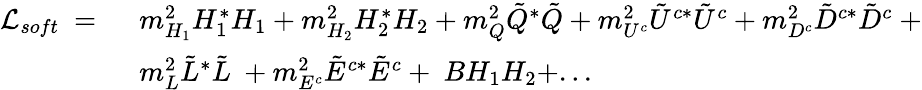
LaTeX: \begin{array}{ll}{{{\cal{L}}_{soft}\ =\ }}&{{m_{H_{1}}^{2}H_{1}^{*}H_{1}+m_{H_{2}}^{2}H_{2}^{*}H_{2}+m_{Q}^{2}\tilde{Q}^{*}\tilde{Q}+m_{U^{c}}^{2}\tilde{U}^{c*}\tilde{U}^{c}+m_{D^{c}}^{2}\tilde{D}^{c*}\tilde{D}^{c}\ +}}\\ {{}}&{{m_{L}^{2}\tilde{L}^{*}\tilde{L}\ +m_{E^{c}}^{2}\tilde{E}^{c*}\tilde{E}^{c}+\ BH_{1}H_{2}+...}}\end{array}